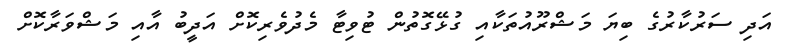
އަދި ސަރުކާރުގެ ބިޔަ މަޝްރޫއުތަކާއި ގުޅޭގޮތުން ޓުވިޓާ މެދުވެރިކޮށް އަދީބު އާއި މަޝްވަރާކޮށް